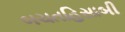
બચતહિસાબી